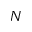
N